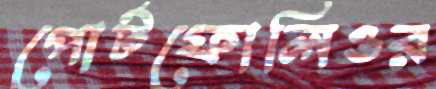
পোর্টফোলিওর